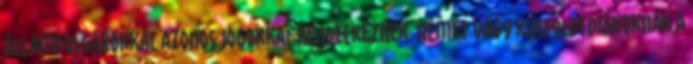
állampolgárokkal azonos jogokkal rendelkeznek. Német vagy külföldi diákoknak a